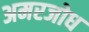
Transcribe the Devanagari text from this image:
अमरजोध